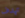
تهدف